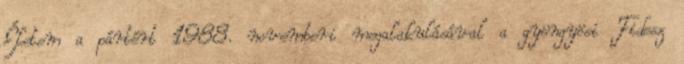
Életem a pártért 1988. novemberi megalakulásával a gyöngyösi Fidesz